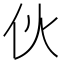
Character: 伙